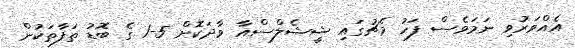
އެއްވަރުވި ނަމަވެސް ފަހު މެޗުގައި ޝީޝެލްސްއާ ވާދަކޮށް 5-1 ގެ ބޮޑު ތަފާތަކުން